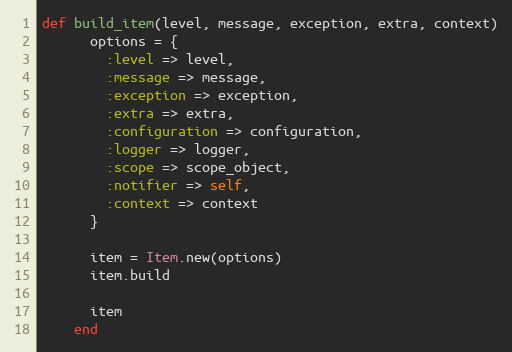
Language: Ruby
def build_item(level, message, exception, extra, context)
      options = {
        :level => level,
        :message => message,
        :exception => exception,
        :extra => extra,
        :configuration => configuration,
        :logger => logger,
        :scope => scope_object,
        :notifier => self,
        :context => context
      }

      item = Item.new(options)
      item.build

      item
    end